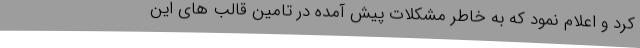
کرد و اعلام نمود که به خاطر مشکلات پیش آمده در تامین قالب های این